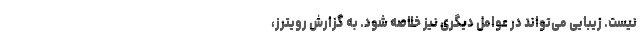
نیست. زیبایی می‌تواند در عوامل دیگری نیز خلاصه شود. به گزارش رویترز،